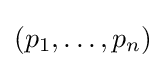
(p_{1},\dots ,p_{n})